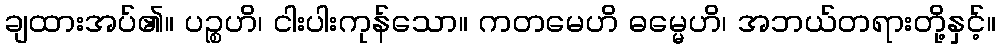
ချထားအပ်၏။ ပဉ္စဟိ၊ ငါးပါးကုန်သော။ ကတမေဟိ ဓမ္မေဟိ၊ အဘယ်တရားတို့နှင့်။